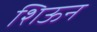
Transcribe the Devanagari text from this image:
शिऊन